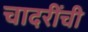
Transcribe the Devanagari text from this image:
चादरींची